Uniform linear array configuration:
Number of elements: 12
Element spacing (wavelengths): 1
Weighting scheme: hann
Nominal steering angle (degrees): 30
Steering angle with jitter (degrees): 31.392
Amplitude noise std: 0.05
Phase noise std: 0.05

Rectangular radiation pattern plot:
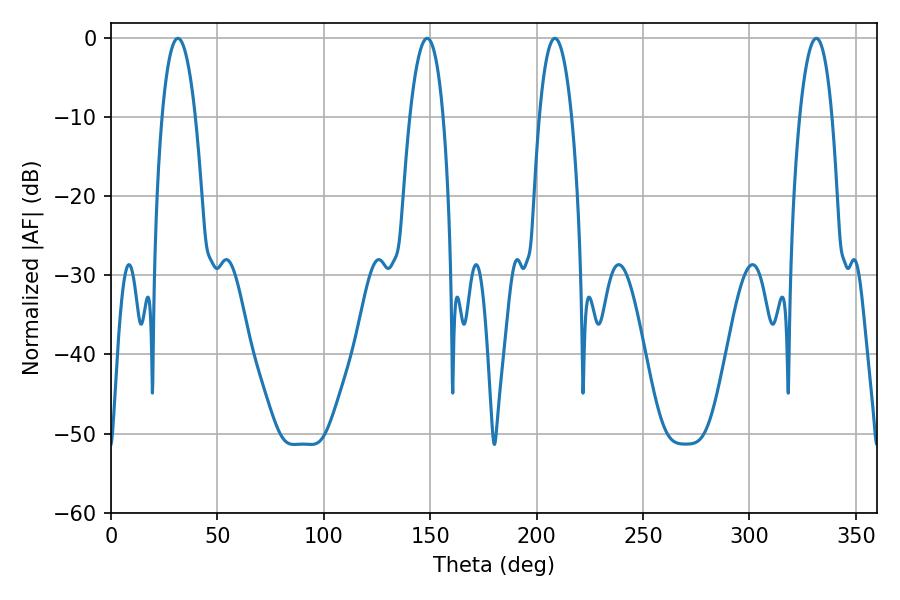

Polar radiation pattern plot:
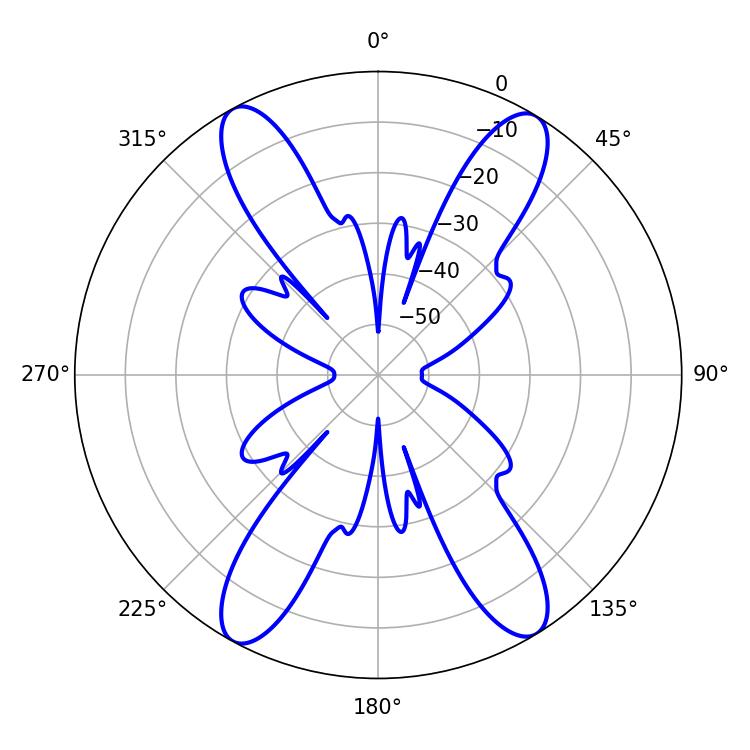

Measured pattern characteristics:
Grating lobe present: TRUE
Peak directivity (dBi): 20.225
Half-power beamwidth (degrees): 8.46
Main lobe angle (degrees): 208.62